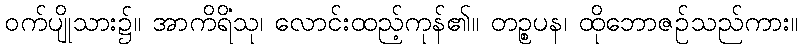
ဝက်ပျိုသား၌။ အာကိရိံသု၊ လောင်းထည့်ကုန်၏။ တဉ္စပန၊ ထိုဘောဇဉ်သည်ကား။